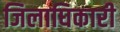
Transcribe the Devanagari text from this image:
जिलाघिकारी